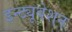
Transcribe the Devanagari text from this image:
इन्ट्यूबेशन